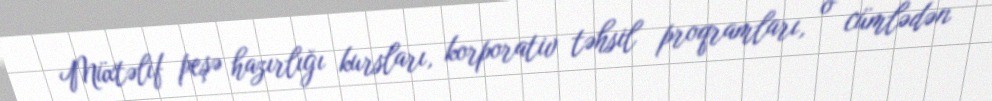
Müxtəlif peşə hazırlığı kursları, korporativ təhsil proqramları, o cümlədən